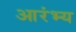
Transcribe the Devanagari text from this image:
आरंभ्य